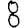
Digit: 8